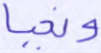
ونحيا